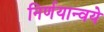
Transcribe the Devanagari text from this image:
निर्णयान्वये